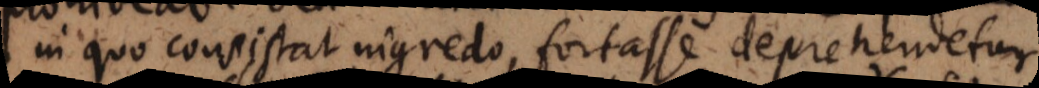
in quo consistat nigredo, fortasse deprehendetur